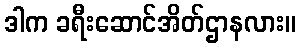
ဒါက ခရီးဆောင်အိတ်ဌာနလား။